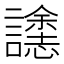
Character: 𮙄